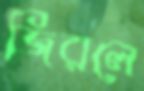
জিরলে